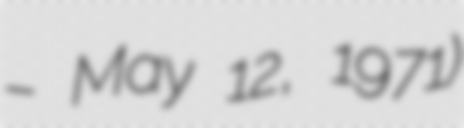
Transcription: – May 12, 1971)